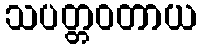
သပတ္တဝတာယ